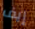
إيف